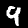
Label: 9